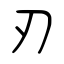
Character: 刃